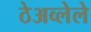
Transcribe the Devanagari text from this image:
ठेअव्लेले